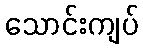
သောင်းကျပ်